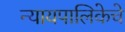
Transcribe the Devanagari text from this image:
न्यायपालिकेचे